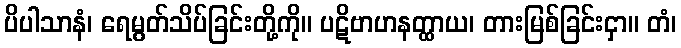
ပိပါသာနံ၊ ရေမွတ်သိပ်ခြင်းတို့ကို။ ပဋိဗာဟနတ္ထာယ၊ တားမြစ်ခြင်းငှာ။ တံ၊